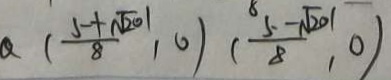
( \frac { 5 + \sqrt { 2 0 1 } } { 8 } , 0 ) ( \frac { 5 - \sqrt { 2 0 1 } } { 8 } , 0 )